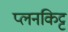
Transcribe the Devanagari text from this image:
प्लनकिट्ट